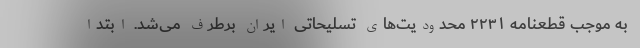
به موجب قطعنامه ۲۲۳۱ محدودیت‌های تسلیحاتی ایران برطرف می‌شد. ابتدا